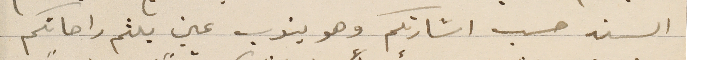
السند حسب اشارتكم وهو ينوب عني بلثم راحاتكم